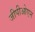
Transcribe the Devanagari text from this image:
जीपीओएन